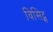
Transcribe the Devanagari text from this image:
विसिट्स